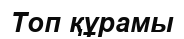
Топ құрамы